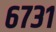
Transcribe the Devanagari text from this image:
६७३१